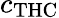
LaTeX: c_{\mathrm{THC}}